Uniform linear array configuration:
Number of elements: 32
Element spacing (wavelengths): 0.25
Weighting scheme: blackman
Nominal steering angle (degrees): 60
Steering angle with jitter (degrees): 59.146
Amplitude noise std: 0.05
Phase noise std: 0.05

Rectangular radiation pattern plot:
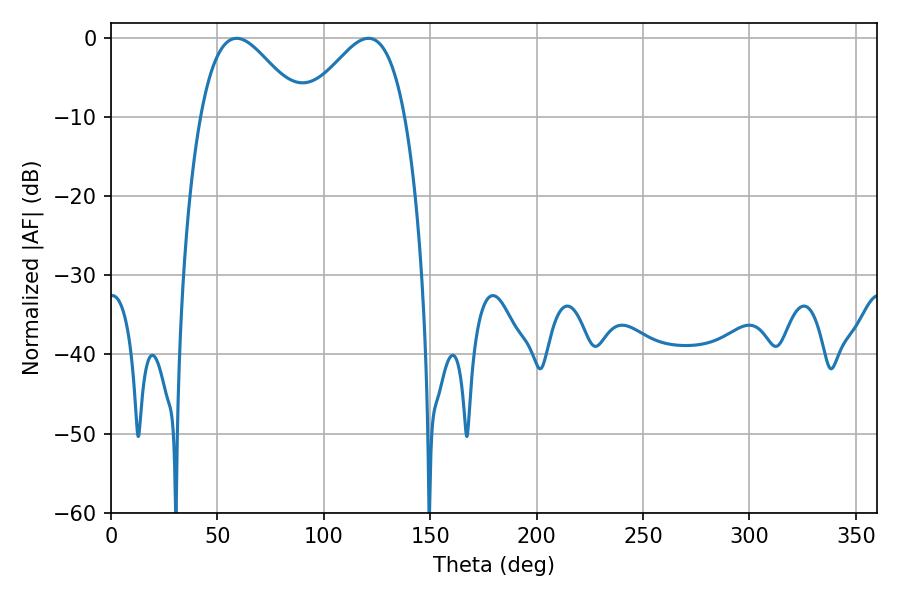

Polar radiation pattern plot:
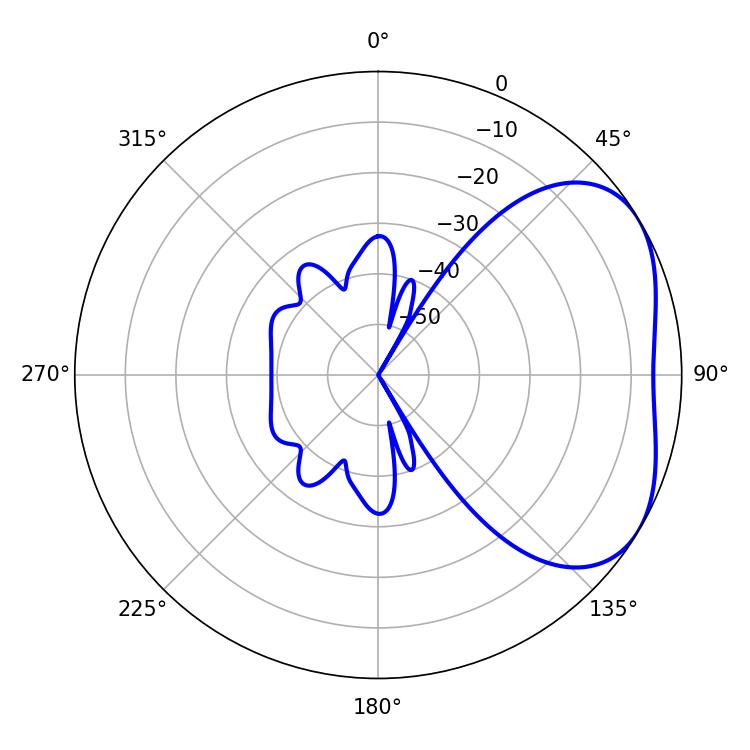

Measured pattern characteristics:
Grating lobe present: FALSE
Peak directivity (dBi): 3.678
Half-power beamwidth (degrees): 25.38
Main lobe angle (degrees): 59.04